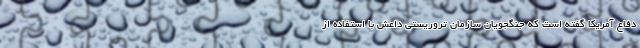
دفاع آمریکا گفته است که جنگجویان سازمان تروریستی داعش با استفاده از